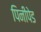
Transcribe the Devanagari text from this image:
पिनीपेड